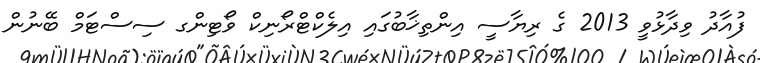
ފުއާދު ވިދާޅުވީ 2013 ގެ ރިޔާސީ އިންތިޚާބުގައި އިލެކްޓްރޯނިކް ވޯޓިންގ ސިސްޓަމް ބޭނުން